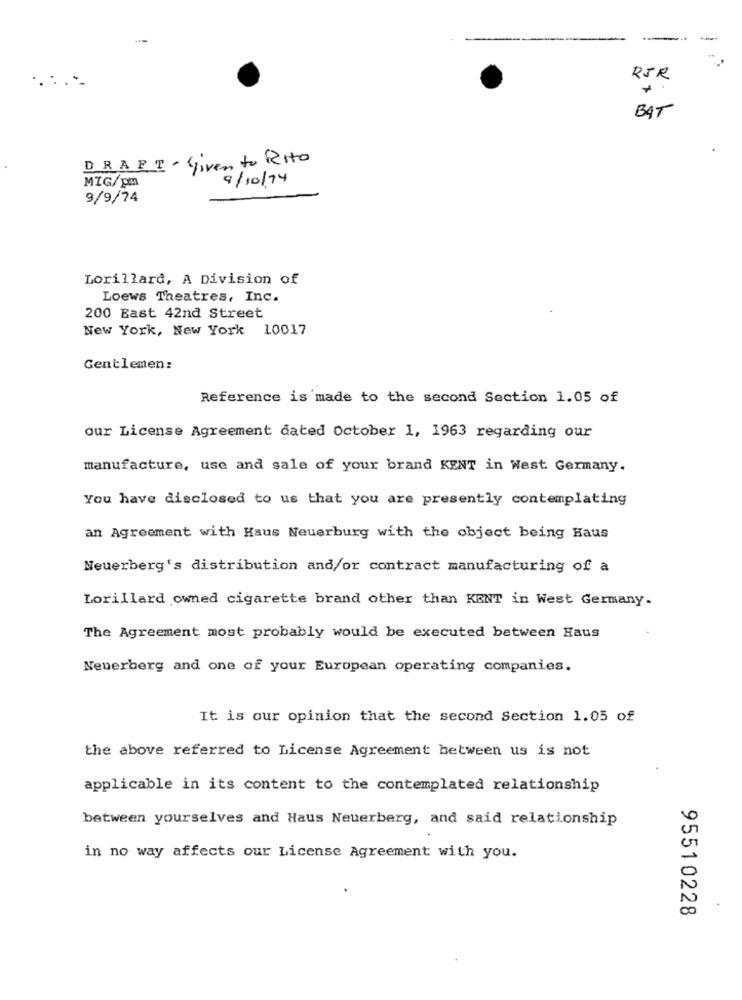
....
RSR
BAT
DRAFT - Given to Rito
9/10/74
MIG/pm
9/9/74
Lorillard, A Division of
Loews Theatres, Inc.
200 East 42nd Street
New York, New York 10017
Gentlemen:
Reference is made to the second Section 1.05 of
our License Agreement dated October 1, 1963 regarding our
manufacture, use and sale of your brand KENT in West Germany.
You have disclosed to us that you are presently contemplating
an Agreement with Haus Neuerburg with the object being Haus
Neuerberg's distribution and/or contract manufacturing of a
Lorillard owned cigarette brand other than KENT in West Germany.
The Agreement most probably would be executed between Haus
Neuerberg and one of your European operating companies.
It is our opinion that the second Section 1.05 of
the above referred to License Agreement between us is not
applicable in its content to the contemplated relationship
between yourselves and Haus Neuerberg, and said relationship
in no way affects our License Agreement with you.
95510228